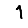
Digit: 1